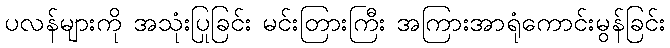
ပလန်များကို အသုံးပြုခြင်း မင်းတြားကြီး အကြားအာရုံကောင်းမွန်ခြင်း